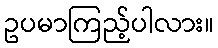
ဥပမာကြည့်ပါလား။